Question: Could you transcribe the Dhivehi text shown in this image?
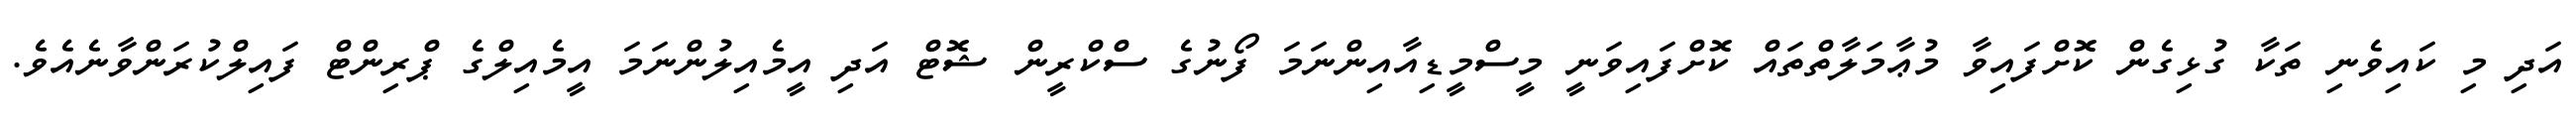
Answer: އަދި މި ކައިވެނި ތަކާ ގުޅިގެން ކޮށްފައިވާ މުޢާމަލާތްތައް ކޮށްފައިވަނީ މީސްމީޑިއާއިންނަމަ ފޯނުގެ ސްކްރީން ޝޮޓް އަދި އީމެއިލުންނަމަ އީމެއިލްގެ ޕްރިންޓް ފައިލްކުރަންވާނެއެވެ.